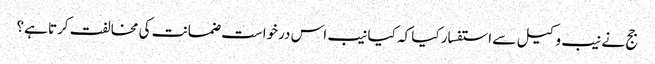
جج نے نیب وکیل سے استفسار کیا کہ کیا نیب اس درخواست ضمانت کی مخالفت کرتا ہے؟